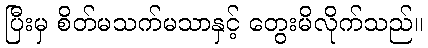
ပြီးမှ စိတ်မသက်မသာနှင့် တွေးမိလိုက်သည်။